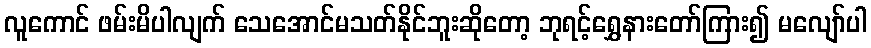
လူကောင် ဖမ်းမိပါလျက် သေအောင်မသတ်နိုင်ဘူးဆိုတော့ ဘုရင့်ရွှေနားတော်ကြား၍ မလျော်ပါ